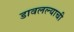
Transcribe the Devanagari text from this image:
डावलल्याची